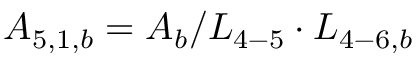
{ A _ { 5 , 1 , b } } = { A _ { b } } / { L _ { 4 - 5 } } \cdot { L _ { 4 - 6 , b } }